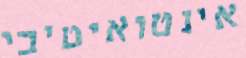
אינטואיטיבי